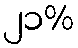
၂၁%